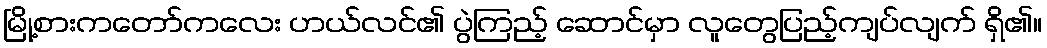
မြို့စားကတော်ကလေး ဟယ်လင်၏ ပွဲကြည့် ဆောင်မှာ လူတွေပြည့်ကျပ်လျက် ရှိ၏။